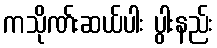
ကသိုဏ်းဆယ်ပါး ပွါးနည်း